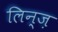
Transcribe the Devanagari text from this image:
लिन्ज़